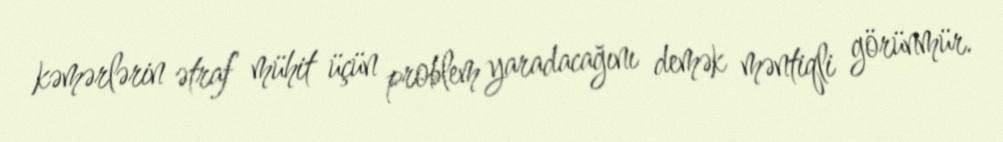
kəmərlərin ətraf mühit üçün problem yaradacağını demək məntiqli görünmür.